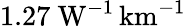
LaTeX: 1.27~\mathrm{W}^{-1}\, \mathrm{km}^{-1}